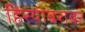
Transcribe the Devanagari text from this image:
हिर्‍याबरोबर